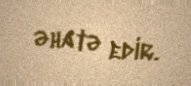
əhatə edir.